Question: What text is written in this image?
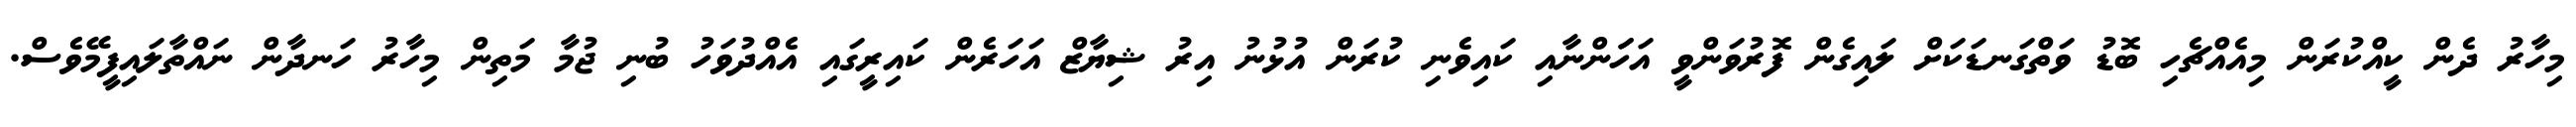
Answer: މިހާރު ދެން ކީއްކުރަން މިއެއްޗެހި ބޮޑު ވަތްގަނޑަކަށް ލައިގެން ފޮރުވަންވީ އަހަަންނާއި ކައިވެނި ކުރަން އުޅުނު އިރު ޝިޔާޒް އަހަރެން ކައިރީގައި އެއްދުވަހު ބުނި ޖުމާ މަތިން މިހާރު ހަނދާން ނައްތާލައިފީމޭވެސް.